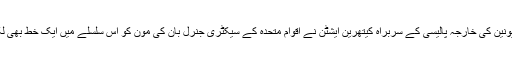
یورپی یونین کی خارجہ پالیسی کے سربراہ کیتھرین ایشٹن نے اقوامِ متحدہ کے سیکٹری جنرل بان کی مون کو اس سلسلے میں ایک خط بھی لکھا ہے۔